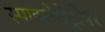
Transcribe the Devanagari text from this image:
स्पाइरोमेट्रीपर